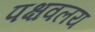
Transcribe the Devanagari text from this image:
पक्षवलय